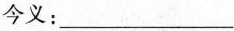
今义：___